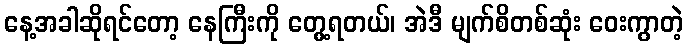
နေ့အခါဆိုရင်တော့ နေကြီးကို တွေ့ရတယ်၊ အဲဒီ မျက်စိတစ်ဆုံး ဝေးကွာတဲ့